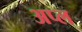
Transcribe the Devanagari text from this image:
अप्ल